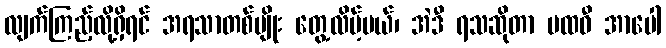
လျက်ကြည့်လို့ရှိရင် အရသာတစ်မျိုး တွေ့လိမ့်မယ်၊ အဲဒီ ရသဆိုတာ ပထဝီ အာပေါ